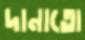
দানাতো